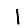
Digit: 1